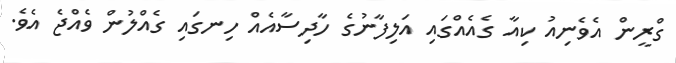
ގްރީން އެވެނިއު ކިއާ ގެއެއްގައި އަލިފާނުގެ ހާދިސާއެއް ހިނގައި ގެއްލުން ވެއްޖެ އެވެ.